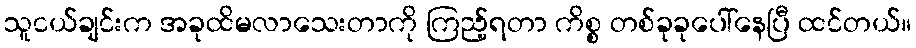
သူငယ်ချင်းက အခုထိမလာသေးတာကို ကြည့်ရတာ ကိစ္စ တစ်ခုခုပေါ်နေပြီ ထင်တယ်။